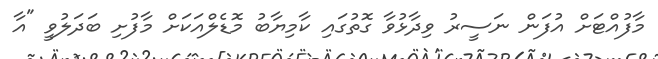
މާފުއްޓަށް އުފަން ނަސީރު ވިދާޅުވާ ގޮތުގައި ކާމިޔާބު މޮޑެލްއަކަށް މާފުށި ބަދަލުވީ "އާ